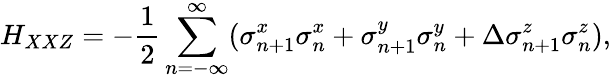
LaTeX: H_{XXZ}=-\frac{1}{2}\sum_{n=-\infty}^{\infty}(\sigma_{n+1}^{x}\sigma_{n}^{x}+\sigma_{n+1}^{y}\sigma_{n}^{y}+\Delta\sigma_{n+1}^{z}\sigma_{n}^{z}),